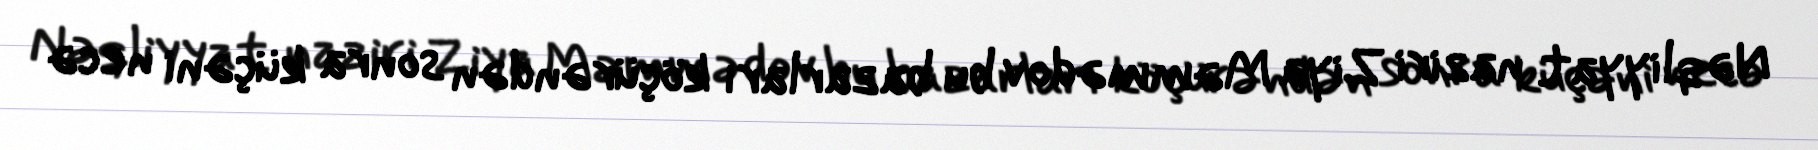
Nəqliyyat naziri Ziya Məmmədov bu bazarları köçürəndən sonra küçəni necə